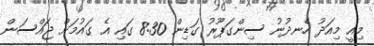
މިއީ މިއަދު ހެނދުނު ސިންގަޕޫރު ގަޑިން 8:30 ގައި އެ ގައުމަށް ޖައްސަން